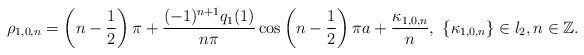
LaTeX: \begin{align*} \rho_{1,0,n}=\left(n-\frac{1}{2}\right)\pi+\frac{(-1)^{n+1}q_1(1)}{n\pi}\cos \left(n-\frac{1}{2}\right)\pi a+\frac{\kappa_{1,0,n}}{n},\, \, \{\kappa_{1,0,n}\}\in l_2, n\in\mathbb{Z}.\end{align*}